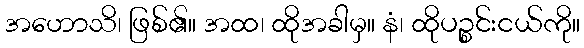
အဟောသိ၊ ဖြစ်၏။ အထ၊ ထိုအခါမှ။ နံ၊ ထိုပဉ္စင်းငယ်ကို။